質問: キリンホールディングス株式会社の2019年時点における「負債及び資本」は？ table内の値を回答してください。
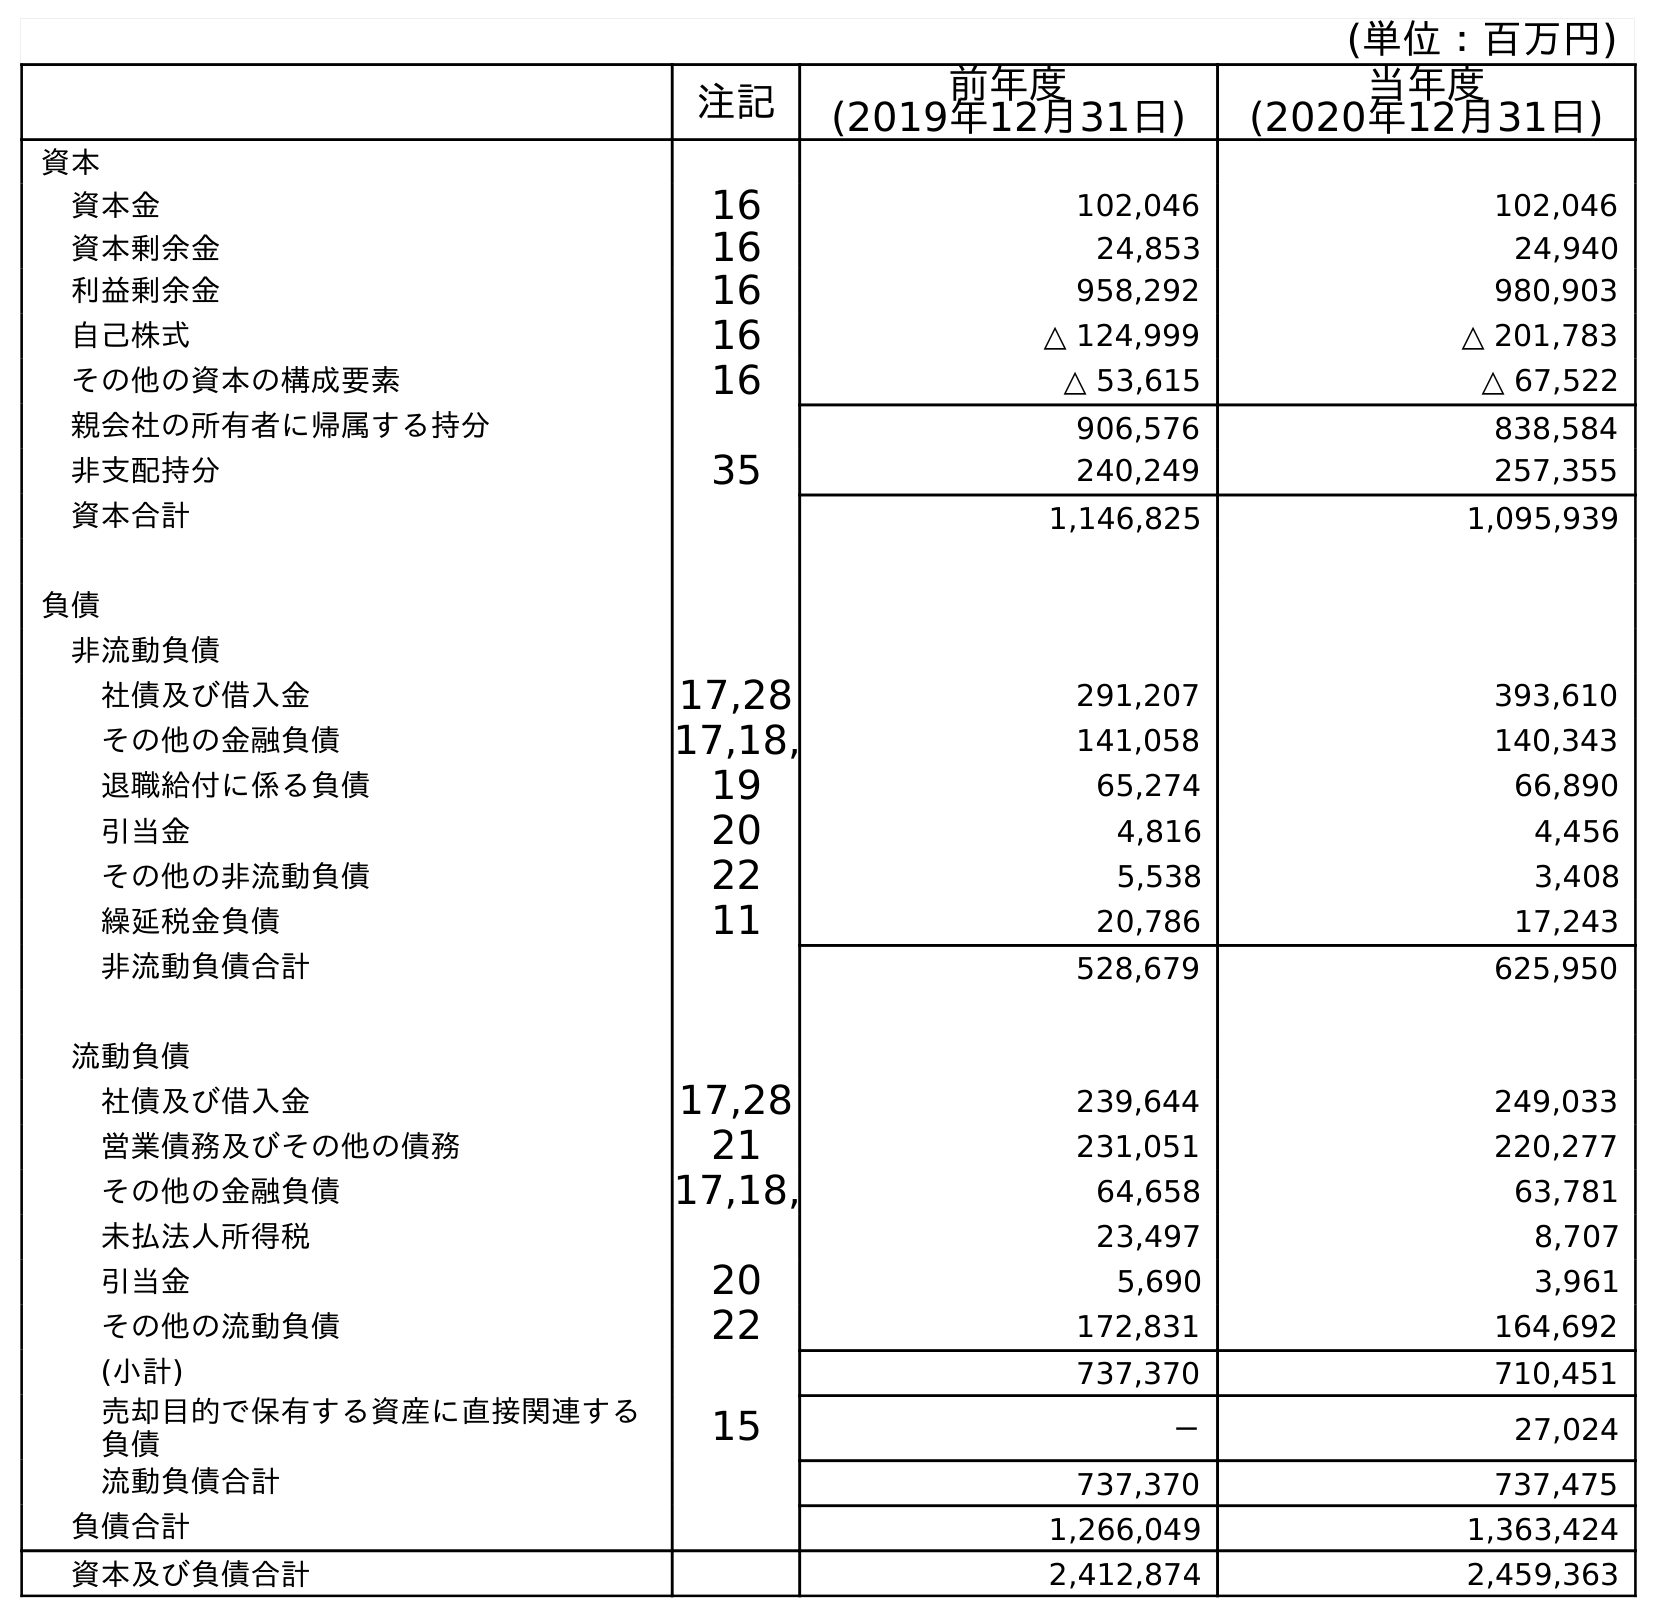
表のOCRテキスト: (単位：百万円) 注記 前年度 (2019年12月31日) 当年度 (2020年12月31日) 資本 資本金 16 102,046 102,046 資本剰余金 16 24,853 24,940 利益剰余金 16 958,292 980,903 自己株式 16 △ 124,999 △ 201,783 その他の資本の構成要素 16 △ 53,615 △ 67,522 親会社の所有者に帰属する持分 906,576 838,584 非支配持分 35 240,249 257,355 資本合計 1,146,825 1,095,939 負債 非流動負債 社債及び借入金 17,28 291,207 393,610 その他の金融負債 17,18, 141,058 140,343 退職給付に係る負債 19 65,274 66,890 引当金 20 4,816 4,456 その他の非流動負債 22 5,538 3,408 繰延税金負債 11 20,786 17,243 非流動負債合計 528,679 625,950 流動負債 社債及び借入金 17,28 239,644 249,033 営業債務及びその他の債務 21 231,051 220,277 その他の金融負債 17,18, 64,658 63,781 未払法人所得税 23,497 8,707 引当金 20 5,690 3,961 その他の流動負債 22 172,831 164,692 (小計) 737,370 710,451 売却目的で保有する資産に直接関連する 負債 15 － 27,024 流動負債合計 737,370 737,475 負債合計 1,266,049 1,363,424 資本及び負債合計 2,412,874 2,459,363
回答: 2,412,874